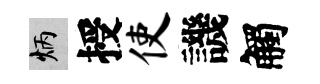
炳授使譏觸